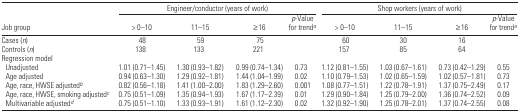
<table><thead><tr><td></td><td colspan="4"><b>Engineer/conductor (years of work)</b></td><td colspan="4"><b>Shop workers (years of work)</b></td></tr><tr><td><b>Job group</b></td><td><b>&gt; 0–10</b></td><td><b>11–15</b></td><td><b>≥ 16</b></td><td><b><i>p</i>-Value for trenda</b></td><td><b>&gt; 0–10</b></td><td><b>11–15</b></td><td><b>≥ 16</b></td><td><b><i>p</i>-Value for trenda</b></td></tr></thead><tbody><tr><td>Cases (<i>n</i>)</td><td>48</td><td>59</td><td>75</td><td></td><td>60</td><td>30</td><td>16</td><td></td></tr><tr><td>Controls (<i>n</i>)</td><td>138</td><td>133</td><td>221</td><td></td><td>157</td><td>85</td><td>64</td><td></td></tr><tr><td colspan="9">Regression model</td></tr><tr><td> Unadjusted</td><td>1.01 (0.71–1.45)</td><td>1.30 (0.93–1.82)</td><td>0.99 (0.74–1.34)</td><td>0.73</td><td>1.12 (0.81–1.55)</td><td>1.03 (0.67–1.61)</td><td>0.73 (0.42–1.29)</td><td>0.55</td></tr><tr><td> Age adjusted</td><td>0.94 (0.63–1.30)</td><td>1.29 (0.92–1.81)</td><td>1.44 (1.04–1.99)</td><td>0.02</td><td>1.10 (0.79–1.53)</td><td>1.02 (0.65–1.59)</td><td>1.02 (0.57–1.81)</td><td>0.73</td></tr><tr><td> Age, race, HWSE adjustedb</td><td>0.82 (0.56–1.18)</td><td>1.41 (1.00–2.00)</td><td>1.83 (1.29–2.60)</td><td>0.001</td><td>1.08 (0.77–1.51)</td><td>1.22 (0.78–1.91)</td><td>1.37 (0.75–2.49)</td><td>0.17</td></tr><tr><td> Age, race, HWSE, smoking adjustedc</td><td>0.75 (0.51–1.09)</td><td>1.35 (0.94–1.93)</td><td>1.67 (1.17–2.39)</td><td>0.01</td><td>1.29 (0.90–1.84)</td><td>1.25 (0.79–2.00)</td><td>1.36 (0.74–2.52)</td><td>0.09</td></tr><tr><td> Multivariable adjustedd</td><td>0.75 (0.51–1.10)</td><td>1.33 (0.93–1.91)</td><td>1.61 (1.12–2.30)</td><td>0.02</td><td>1.32 (0.92–1.90)</td><td>1.25 (0.78–2.01)</td><td>1.37 (0.74–2.55)</td><td>0.08</td></tr></tbody></table>